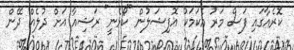
ކޮރެއާގައި ފަސް މަރު އެކަމަކު އޮފިޝަލުން "ކޯޅެނީ" ރަޝިއާ އަށް ދުލެއް ދޭން